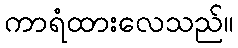
ကာရံထားလေသည်။